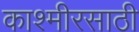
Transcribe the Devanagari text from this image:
काश्मीरसाठी